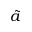
\tilde { a }